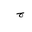
Letter: _gim